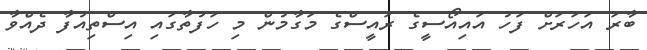
ބާރަ އަހަރަށް ފަހު އައިއޯސީގެ ރައީސްގެ މަގާމުން މި ހަފުތާގައި އިސްތިއުފާ ދެއްވާ